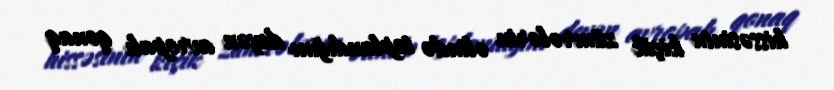
hissəsinin kiçik zümrələrin əlində toplandığını deyən avropalı qonaq